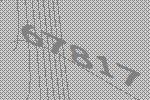
67817